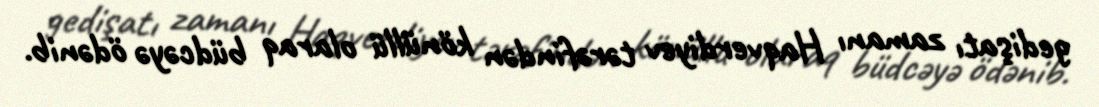
gedişatı zamanı Haqverdiyev tərəfindən könüllü olaraq büdcəyə ödənib.